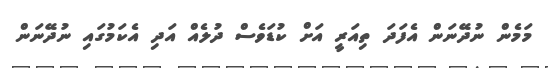
މަމެން ނުދޭނަން އެފަދަ ތިއަރީ އަށް ކުޑަވެސް ދުލެއް އަދި އެކަމުގައި ނުދޭނަން